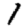
Digit: 1